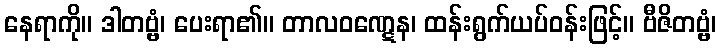
နေရာကို။ ဒါတဗ္ဗံ၊ ပေးရာ၏။ တာလဝဏ္ဋေန၊ ထန်းရွက်ယပ်ဝန်းဖြင့်။ ဗီဇိတဗ္ဗံ၊